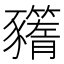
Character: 𧲗